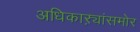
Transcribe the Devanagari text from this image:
अधिकाऱ्यांसमोर